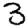
Digit: 3